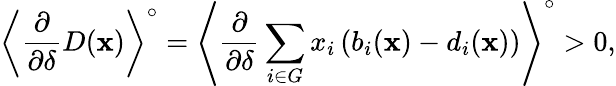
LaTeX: \left\langle\frac{\partial}{\partial\delta}D(\mathbf{x})\right\rangle^{\circ}=\left\langle\frac{\partial}{\partial\delta}\sum_{i\in G}x_{i}\left(b_{i}(\mathbf{x})-d_{i}(\mathbf{x})\right)\right\rangle^{\circ}>0,